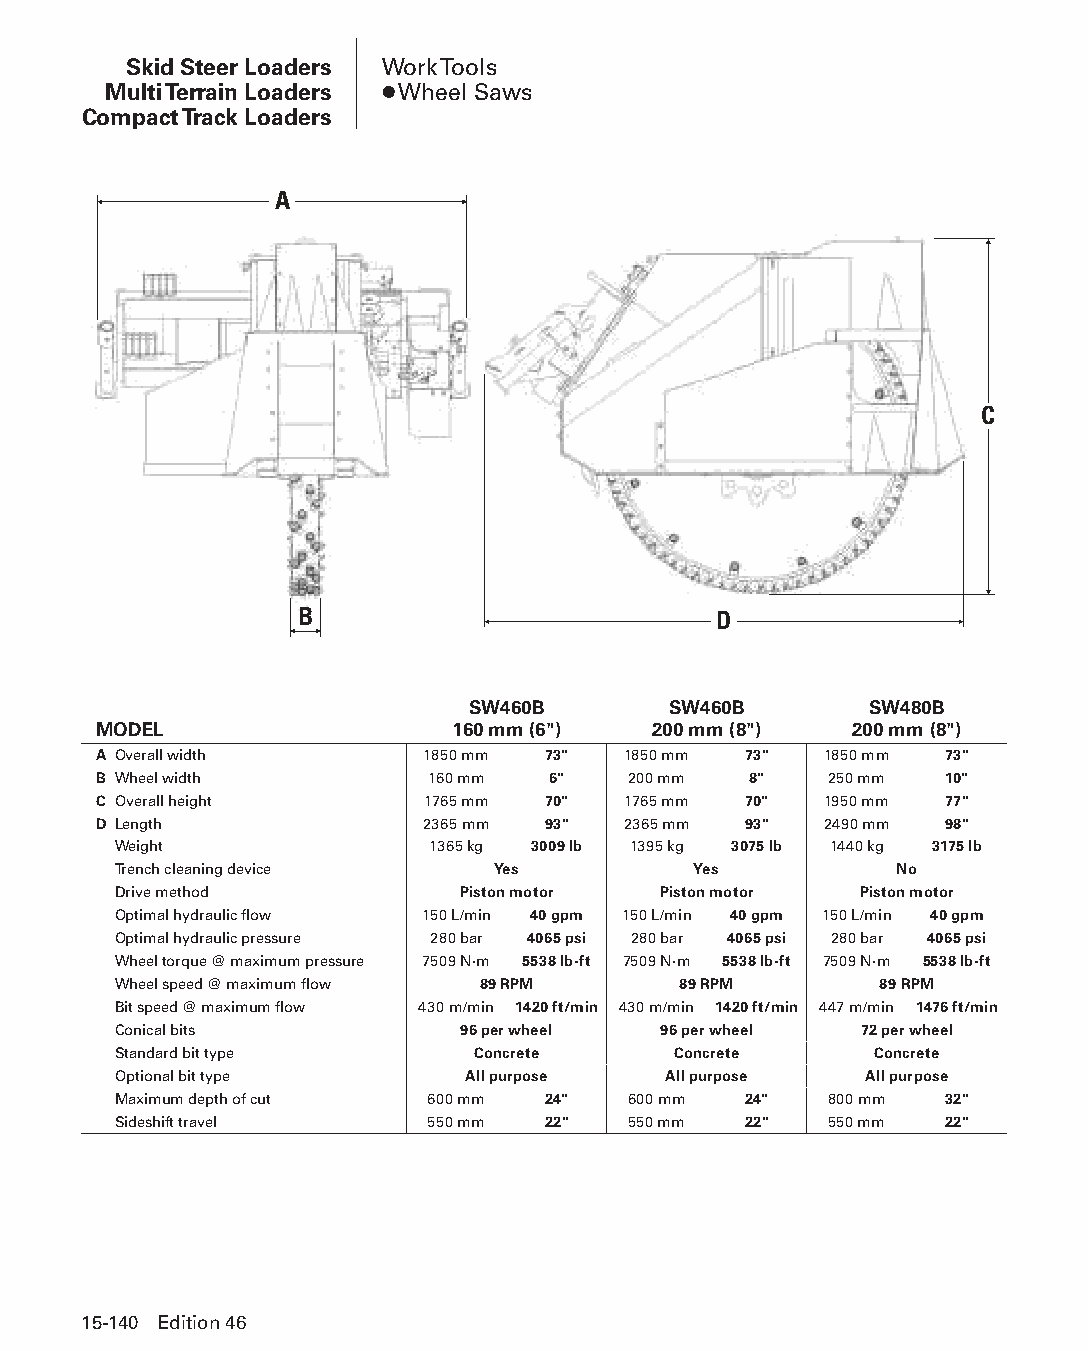
Skid Steer Loaders Work Tools
 Multi Terrain Loaders ● Wheel Saws
 Compact Track Loaders
 A
 C
 B                           D
 SW460B        SW460B       SW480B
 MODEL                  160 mm (6")   200 mm (8")  200 mm (8")
 A Overall width      1850 mm 73"   1850 mm 73"  1850 mm 73"
 B Wheel width         160 mm  6"   200 mm  8"   250 mm  10"
 C Overall height     1765 mm 70"   1765 mm 70"  1950 mm 77"
 D Length             2365 mm 93"   2365 mm 93"  2490 mm 98"
 Weight               1365 kg 3009 lb 1395 kg 3075 lb 1440 kg 3175 lb
 Trench cleaning device   Yes          Yes           No
 Drive method           Piston motor Piston motor Piston motor
 Optimal hydraulic flow 150 L/min 40 gpm 150 L/min 40 gpm 150 L/min 40 gpm
 Optimal hydraulic pressure 280 bar 4065 psi 280 bar 4065 psi 280 bar 4065 psi
 Wheel torque @ maximum pressure 7509 N·m 5538 lb-ft 7509 N·m 5538 lb-ft 7509 N·m 5538 lb-ft
 Wheel speed @ maximum flow 89 RPM    89 RPM        89 RPM
 Bit speed @ maximum flow 430 m/min 1420 ft/min 430 m/min 1420 ft/min 447 m/min 1476 ft/min
 Conical bits           96 per wheel 96 per wheel 72 per wheel
 Standard bit type       Concrete     Concrete     Concrete
 Optional bit type      All purpose  All purpose   All purpose
 Maximum depth of cut 600 mm 24"   600 mm  24"  800 mm  32"
 Sideshift travel     550 mm 22"   550 mm  22"  550 mm  22"
 15-140 Edition 46
 PPHHBB--SSeecc1155--1166..iinndddd 114400                      1122//44//1155 1100::5511 AAMM